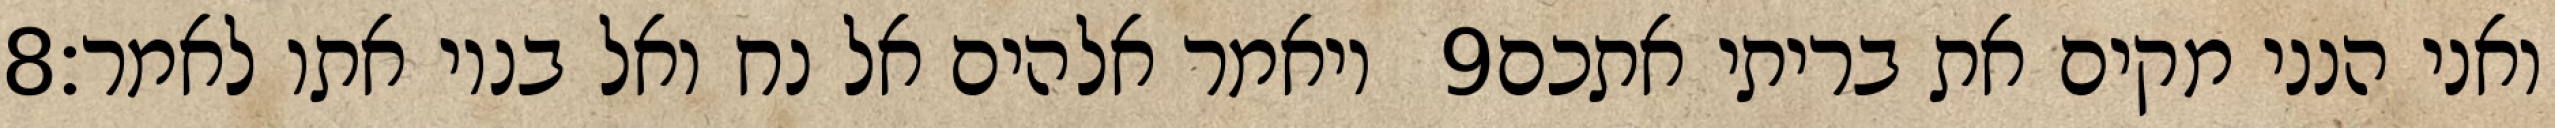
‎8‏ ויאמר אלהים אל נח ואל בניו אתו לאמר׃ ‎9‏ ואני הנני מקים את בריתי אתכם